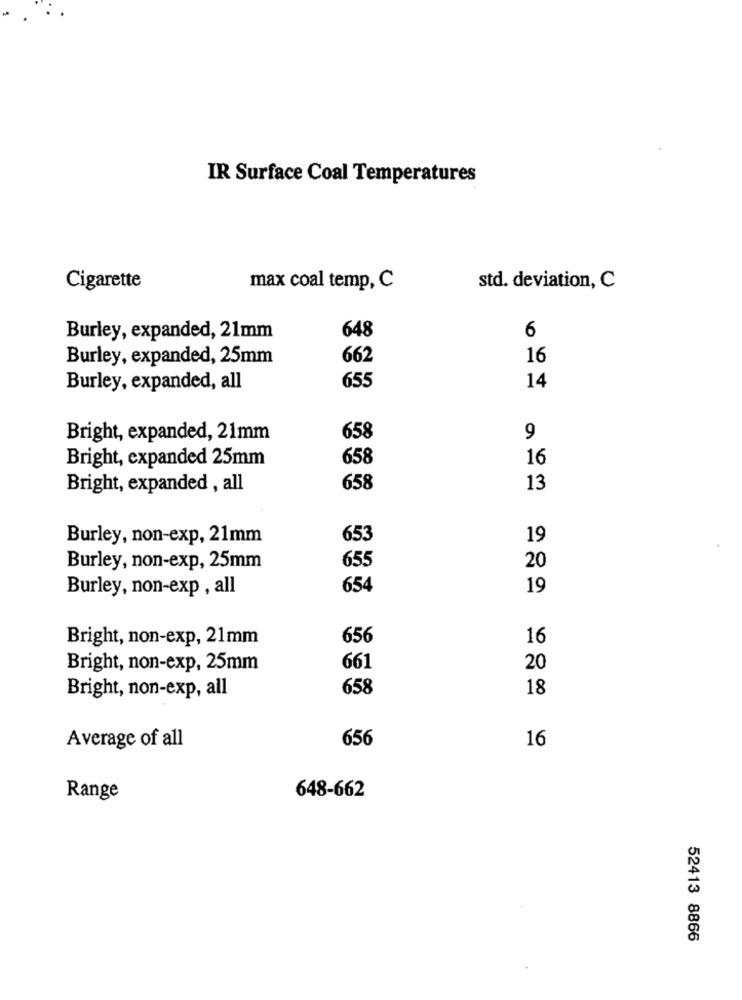
IR Surface Coal Temperatures
Cigarette
max coal temp, C
std. deviation, C
6
Burley, expanded, 21mm
648
Burley, expanded, 25mm
662
16
655
Burley, expanded, all
14
Bright, expanded, 21mm
658
9
658
16
Bright, expanded 25mm
Bright, expanded , all
658
13
Burley, non-exp, 21mm
653
19
655
20
Burley, non-exp, 25mm
Burley, non-exp , all
654
19
Bright, non-exp, 21mm
656
16
Bright, non-exp, 25mm
661
20
Bright, non-exp, all
658
18
656
16
Average of all
Range
648-662
52413 8866